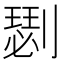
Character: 𠟦